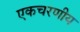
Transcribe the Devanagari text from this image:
एकचरणीय